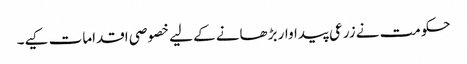
حکومت نے زرعی پیداوار بڑھانے کے لیے خصوصی اقدامات کیے۔